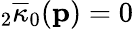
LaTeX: {}_{2}\overline{{\kappa}}_{0}(\mathbf{p})=0